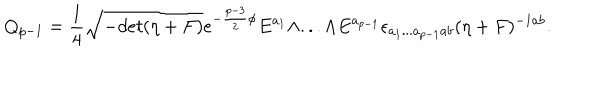
LaTeX: Q _ { p - 1 } = { \frac { 1 } { 4 } } \sqrt { - d e t ( \eta + F ) } e ^ { - { \frac { p - 3 } { 2 } } \phi } E ^ { a _ { 1 } } \wedge . . . \wedge E ^ { a _ { p - 1 } } \epsilon _ { a _ { 1 } . . . a _ { p - 1 } a b } ( \eta + F ) ^ { - 1 a b } .